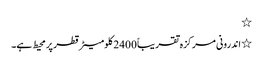
٭
٭ اندرونی مرکزہ تقریباً 2400 کلومیٹر قطر پر محیط ہے۔